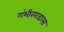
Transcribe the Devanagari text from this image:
गंभीरगडाला